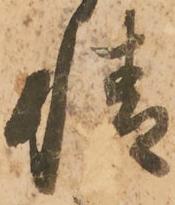
情